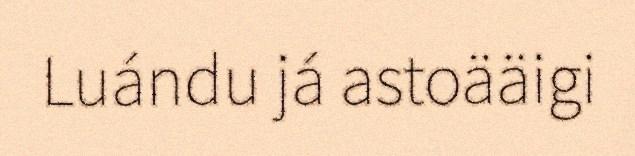
Luándu já astoääigi